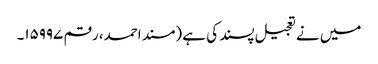
میں نے تعجیل پسند کی ہے (مسند احمد، رقم ۱۵۹۹۷۔